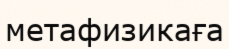
метафизикаға